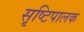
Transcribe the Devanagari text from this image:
सृष्टिपालक